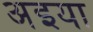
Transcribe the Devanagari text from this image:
अइया